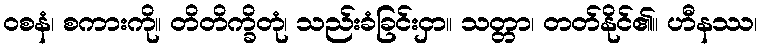
ဝစနံ၊ စကားကို။ တိတိက္ခိတုံ၊ သည်းခံခြင်းငှာ။ သတ္တာ၊ တတ်နိုင်၏။ ဟီနဿ၊